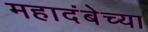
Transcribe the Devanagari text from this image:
महादंबेच्या